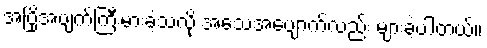
အပြိုအပျက်ကြီးမားခဲ့သလို အသေအပျောက်လည်း များခဲ့ပါတယ်။